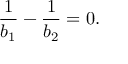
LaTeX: \frac { 1 } { b _ { 1 } } - \frac { 1 } { b _ { 2 } } = 0 .